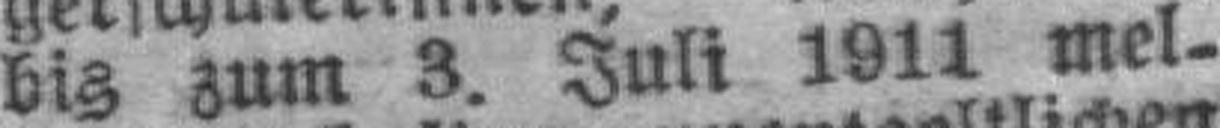
bis zum 3. Juli 1911 mel¬